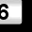
Digit: 6